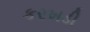
કરખડી